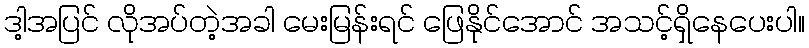
ဒါ့အပြင် လိုအပ်တဲ့အခါ မေးမြန်းရင် ဖြေနိုင်အောင် အသင့်ရှိနေပေးပါ။